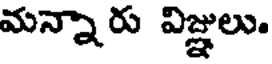
మన్నారు విజ్ఞులు.